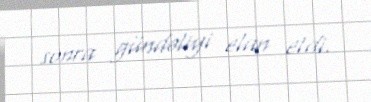
sonra gündəliyi elan etdi.